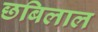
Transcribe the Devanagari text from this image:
छबिलाल